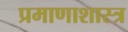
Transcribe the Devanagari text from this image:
प्रमाणाशास्त्र